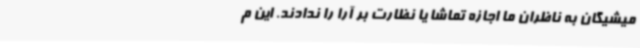
میشیگان به ناظران ما اجازه تماشا یا نظارت بر آرا را ندادند. این م